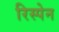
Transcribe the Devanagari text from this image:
रिस्पेन